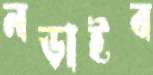
নড়াইব